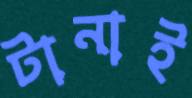
টানাই